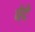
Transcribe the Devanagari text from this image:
घेटे